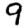
Digit: 9